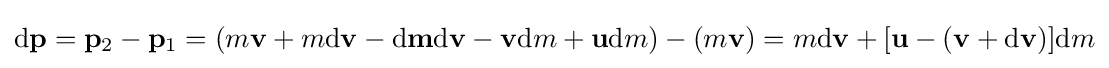
\mathrm {d} \mathbf {p} =\mathbf {p} _{\mathrm {2} }-\mathbf {p} _{\mathrm {1} }=(m\mathbf {v} +m\mathrm {d} \mathbf {v} -\mathrm {d} \mathbf {m} \mathrm {d} \mathbf {v} -\mathbf {v} \mathrm {d} m+\mathbf {u} \mathrm {d} m)-(m\mathbf {v} )=m\mathrm {d} \mathbf {v} +[\mathbf {u} -(\mathbf {v} +\mathrm {d} \mathbf {v} )]\mathrm {d} m